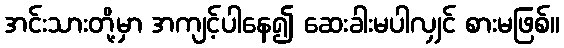
အင်းသားတို့မှာ အကျင့်ပါနေ၍ ဆေးခါးမပါလျှင် စားမဖြစ်။